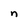
Character: n